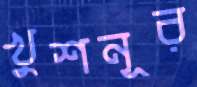
খুশনূর